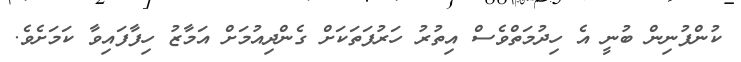
ކުންފުނިން ބުނީ އެ ހިދުމަތްވެސް އިތުރު ހަރުފަތަކަށް ގެންދިއުމަށް އަމާޒު ހިފާފައިވާ ކަމަށެވެ.